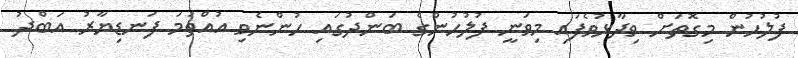
ފުލުހުން މިގޮތަށް ވިދާޅުވެފައި މިވަނީ ފުލުހުންގެ ބަންދުގައި ހުންނެވި އުއްތަމަ ފަނޑިޔާރު އަބްދު